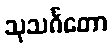
သုသင်္ဂတော